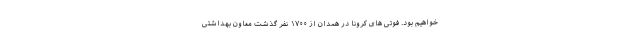
خواهیم بود. فوتی های کرونا در همدان از ۱۷۰۰ نفر گذشت معاون بهداشتی